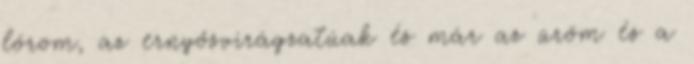
lórom, az ernyősvirágzatúak és már az üröm és a